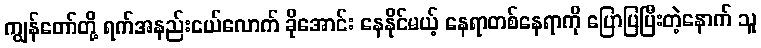
ကျွန်တော်တို့ ရက်အနည်းငယ်လောက် ခိုအောင်း နေနိုင်မယ့် နေရာတစ်နေရာကို ပြောပြပြီးတဲ့နောက် သူ